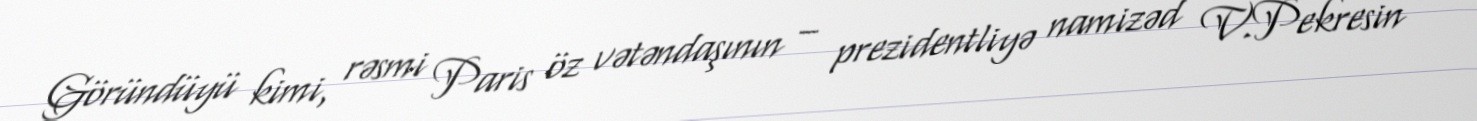
Göründüyü kimi, rəsmi Paris öz vətəndaşının – prezidentliyə namizəd V.Pekresin